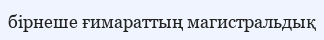
бірнеше ғимараттың магистральдық